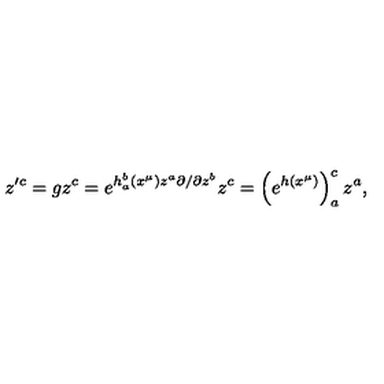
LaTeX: z ^ { \prime c } = g z ^ { c } = e ^ { h _ { a } ^ { b } ( x ^ { \mu } ) z ^ { a } \partial / \partial z ^ { b } } z ^ { c } = \left( e ^ { h ( x ^ { \mu } ) } \right) _ { a } ^ { c } z ^ { a } ,